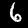
Digit: 6